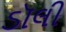
ડૉલી